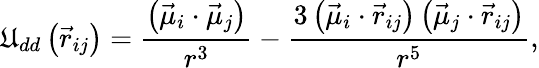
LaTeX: \mathfrak{U}_{dd}\left(\vec{{r}}_{ij}\right)=\frac{{\left(\vec{{\mu}}_{i}\cdot\vec{{\mu}}_{j}\right)}}{{r^{3}}}-\frac{{3\left(\vec{{\mu}}_{i}\cdot\vec{{r}}_{ij}\right)\left(\vec{{\mu}}_{j}\cdot\vec{{r}}_{ij}\right)}}{{r^{5}}},